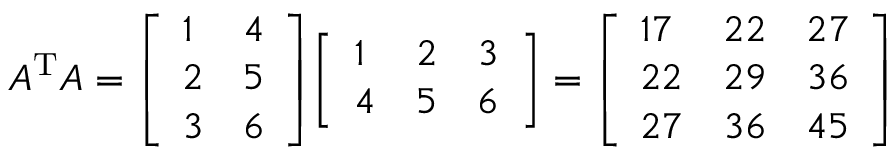
A ^ { \mathrm { T } } A = { \left[ \begin{array} { l l } { 1 } & { 4 } \\ { 2 } & { 5 } \\ { 3 } & { 6 } \end{array} \right] } { \left[ \begin{array} { l l l } { 1 } & { 2 } & { 3 } \\ { 4 } & { 5 } & { 6 } \end{array} \right] } = { \left[ \begin{array} { l l l } { 1 7 } & { 2 2 } & { 2 7 } \\ { 2 2 } & { 2 9 } & { 3 6 } \\ { 2 7 } & { 3 6 } & { 4 5 } \end{array} \right] }